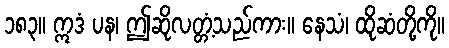
၁၈၃။ ဣဒံ ပန၊ ဤဆိုလတ္တံ့သည်ကား။ နေသံ၊ ထိုဆံတို့ကို။